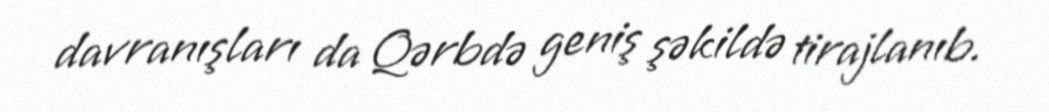
davranışları da Qərbdə geniş şəkildə tirajlanıb.